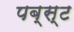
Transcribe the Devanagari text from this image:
पब्स्ट